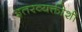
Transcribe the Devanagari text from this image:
इतरव्यक्तीशी